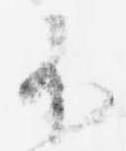
不